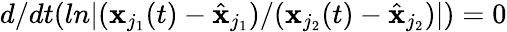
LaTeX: d/dt(ln|(\mathbf{x}_{j_{1}}(t)-\hat{{\mathbf{x}}}_{j_{1}})/(\mathbf{x}_{j_{2}}(t)-\hat{{\mathbf{x}}}_{j_{2}})|)=0